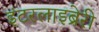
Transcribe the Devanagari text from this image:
इंटरलाइब्रेरी